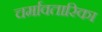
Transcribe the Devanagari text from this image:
चर्मावतारिका